Bréfritari: Malene Jensdóttir
Viðtakandi: Páll Pálsson
Dagsetning: A-1823-11-19
Skrifað á: Hallfreðarstöðum  N-Múl.

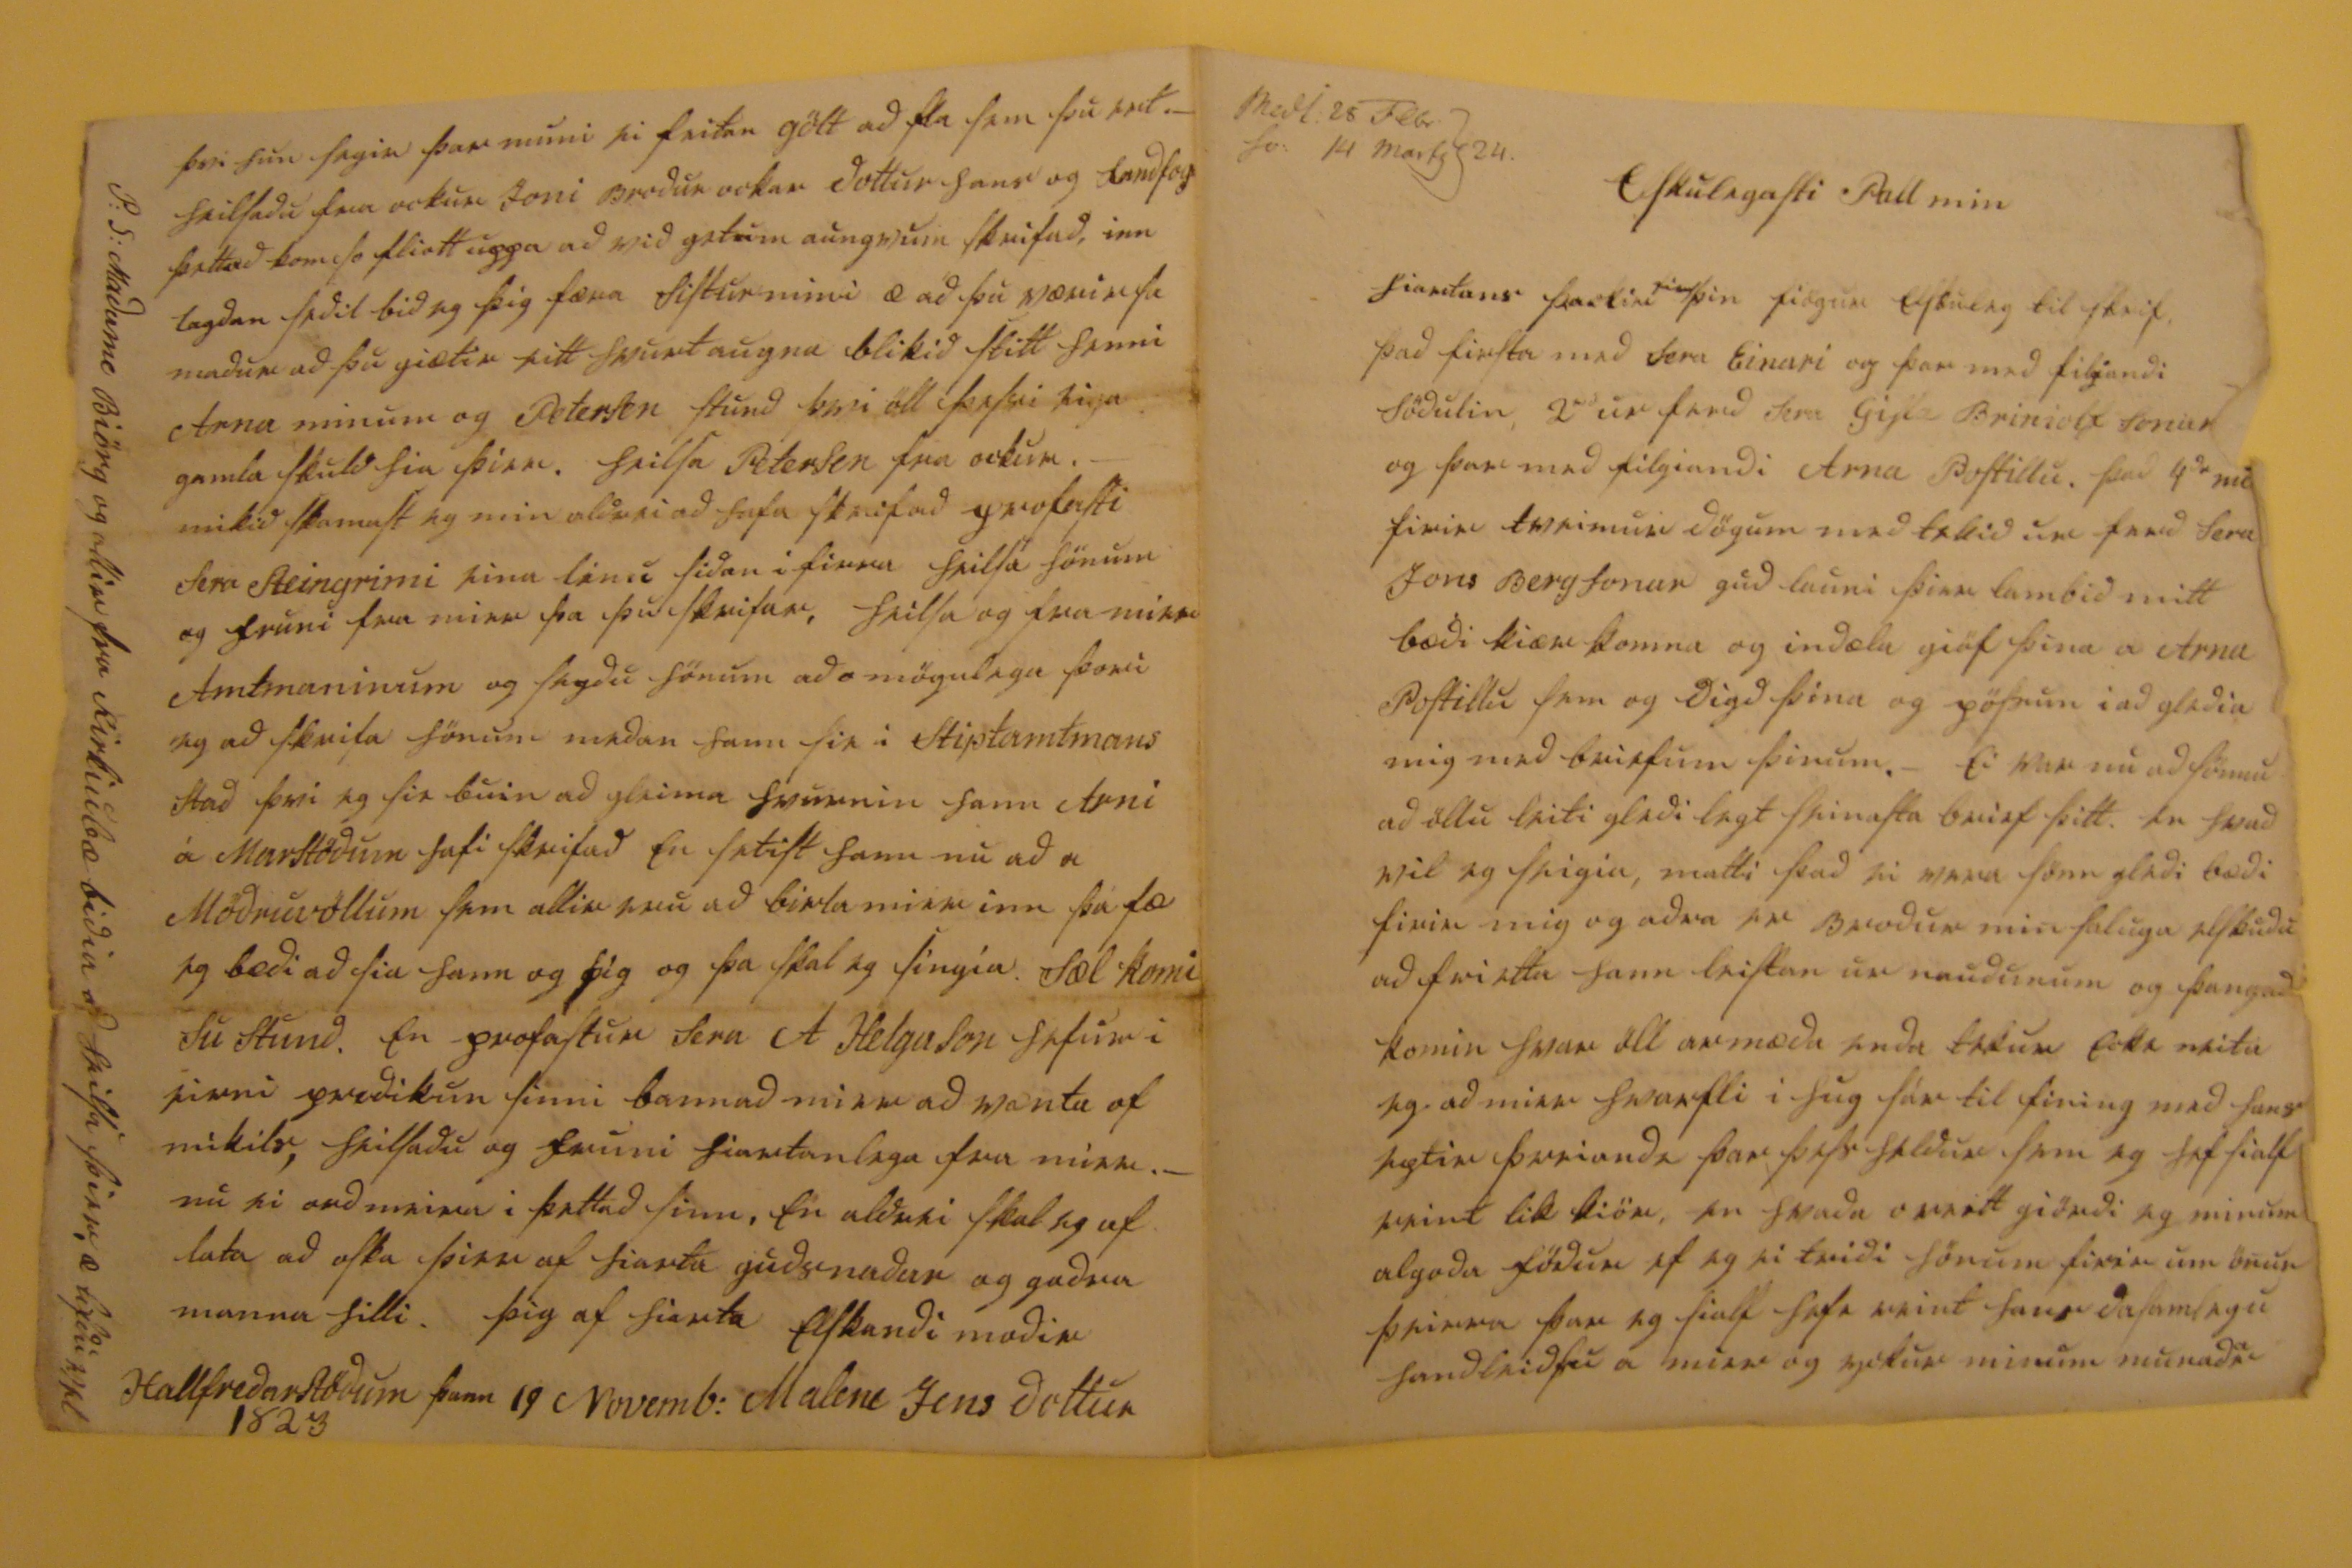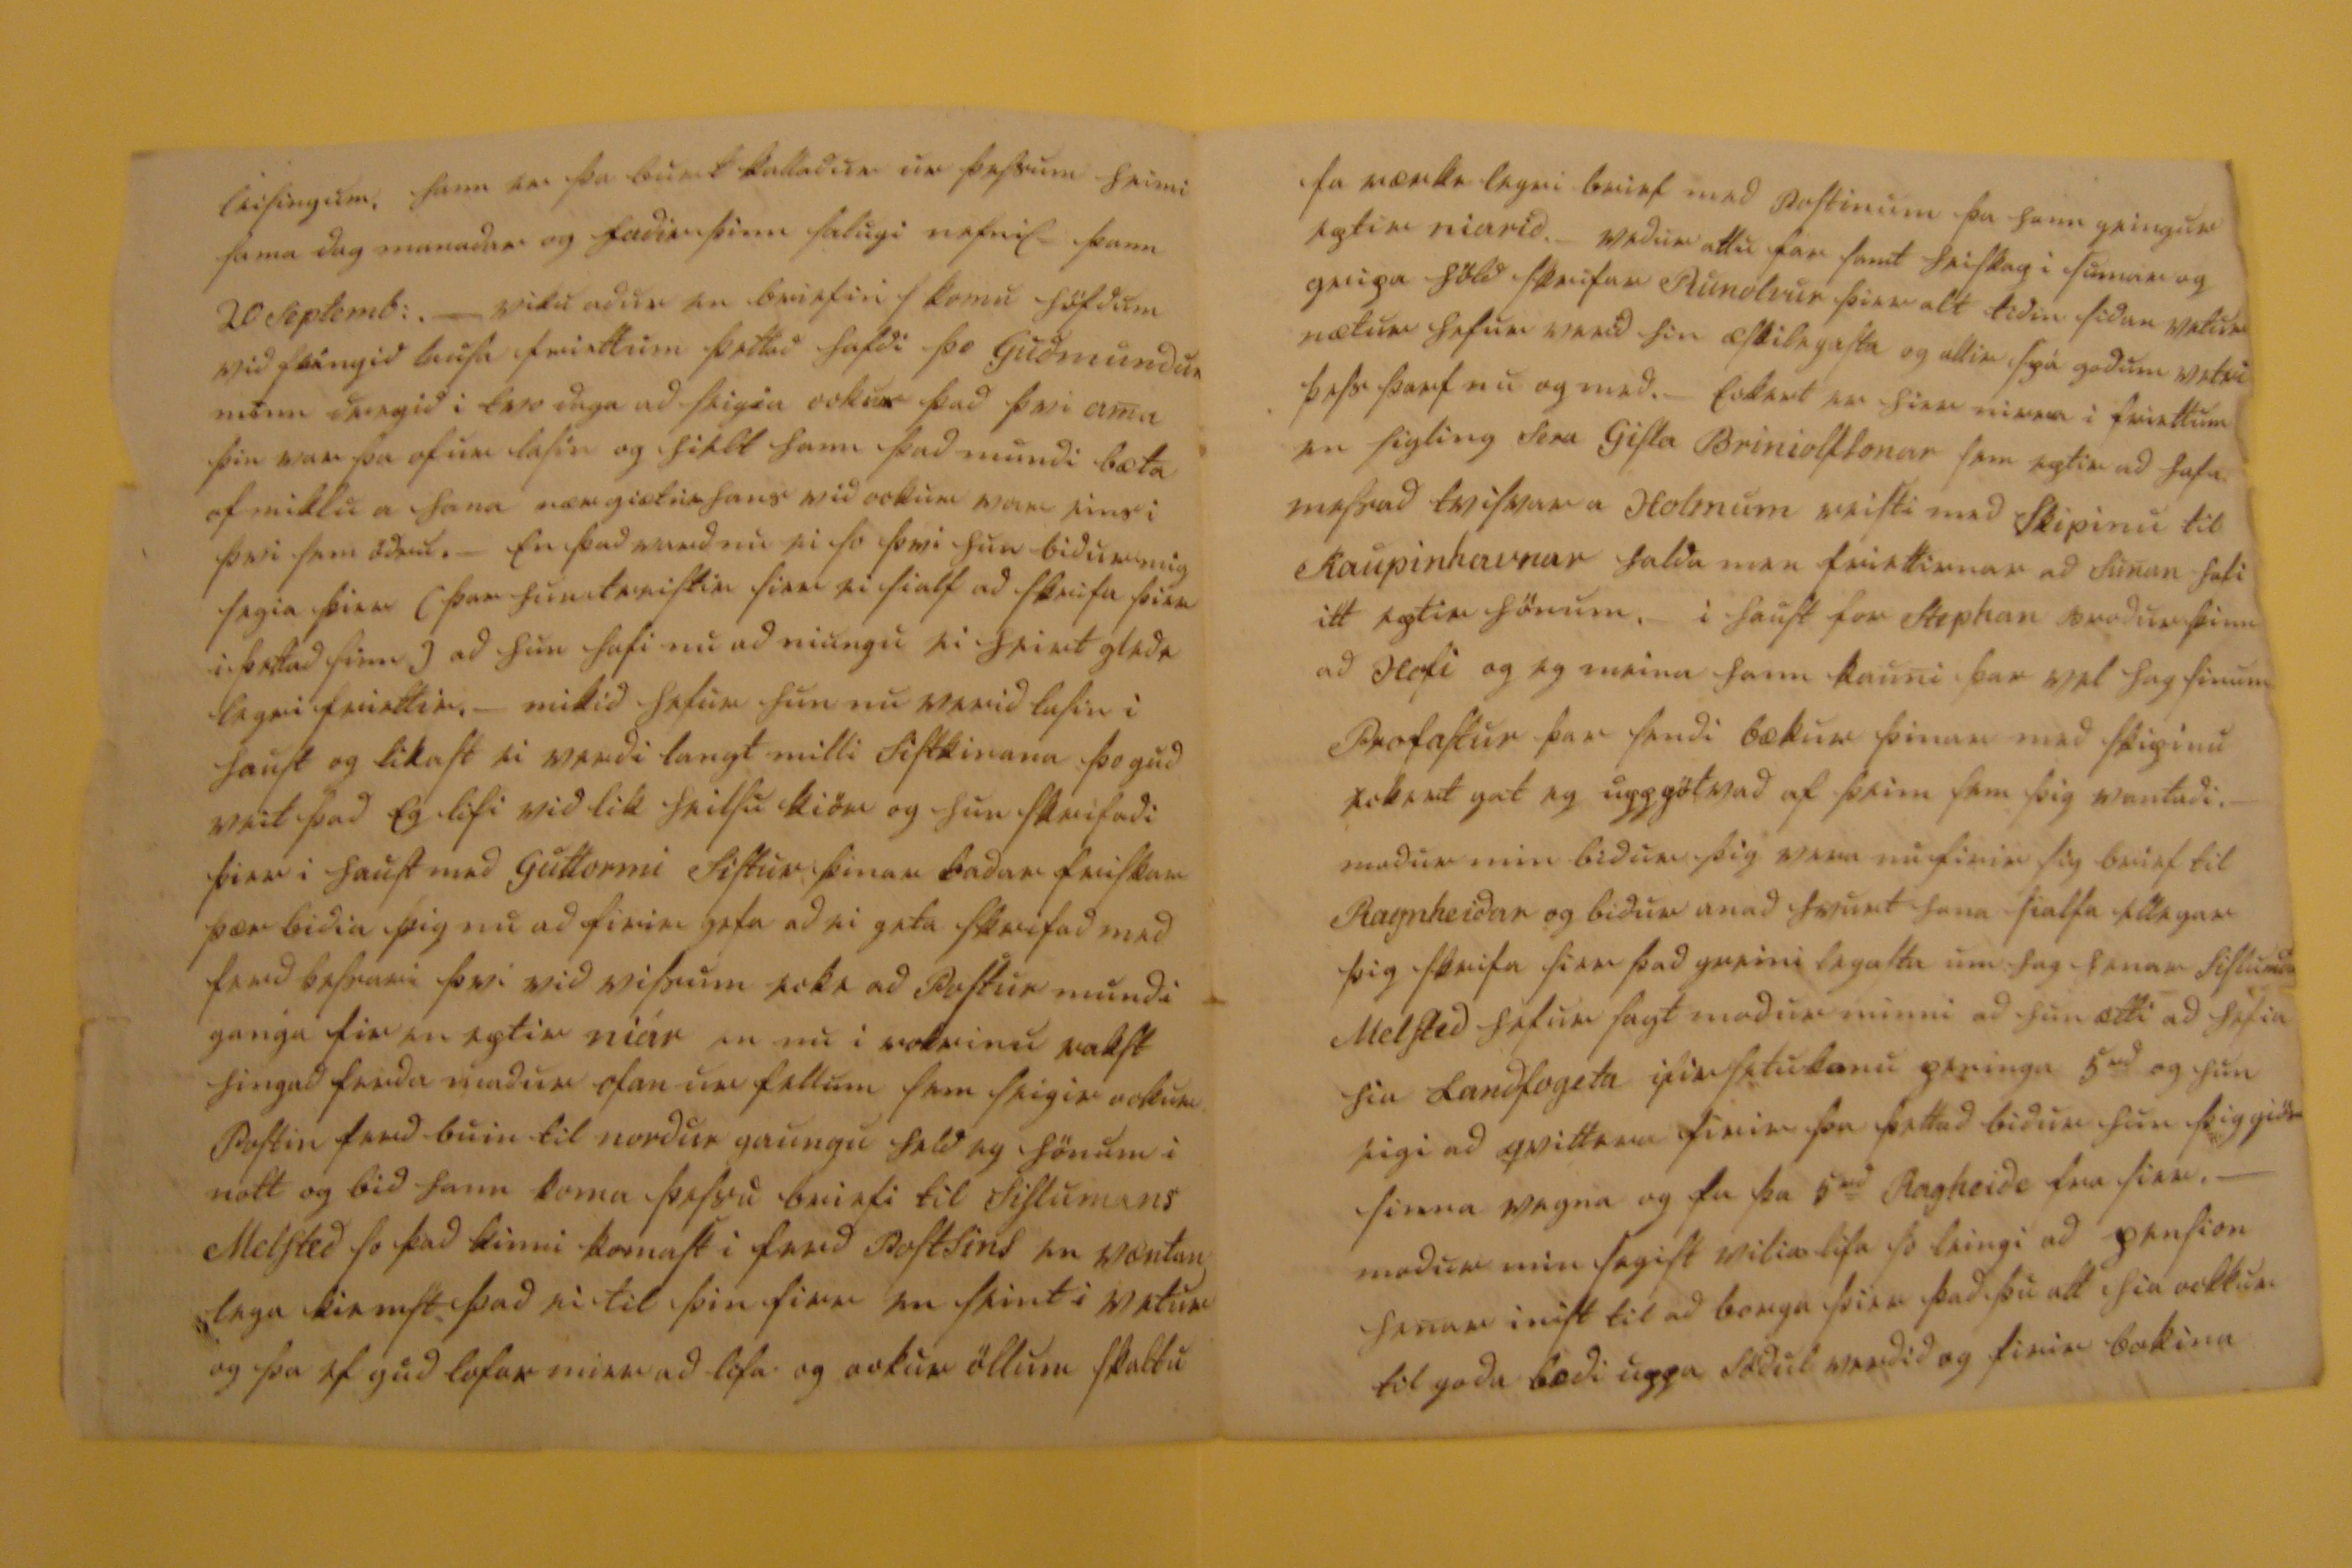

Elskulegasti Pall min
hiartans þackir
firir
þin fiögur elskuleg til skrif, þad firsta med Sera Einari og þar med filgiandi Södulin, 2
ad
ur ferd Sera Gisla Briniolfs Sonar og þar med filgiandi Arna Postillu. þad 4
da
nu firir tveimur dögum med tekid ur ferd Sera Jons Bergsonar gud launi þier lambid mitt bædi kiær komna og indæla giöf þina a Arna Postillu sem og digd þina og
jöfrun
i ad gledia mig med briefum þinum. _ ei var nu ad sönnu ad öllu leiti gledi legt seinasta brief þitt. en hvad vil eg seigia, matti þad ei vera sönn gledi bædi firir mig og adra er Brodur min saluga
elskudu
ad frietta hann leistan ur naudunum og þangad komin hvar öll armæda enda tekur ecki neita eg ad mier hvarfli i hug sár til fining med hans eptir
þveianda
þar þess heldur sem eg hef sialf reint lik kiör, en hvaða
oriett
giörði eg minum algoda födur ef eg ei trúdi hönum firir um önur þeirra þar eg sialf hefi reint hans dasamlegu handleidslu a mier og
0ikur
minum
munadar
leisingum, hann er þa burt kalladur ur þessum heimi sama dag manadar og fadir þinn salugi nefnil. þann 20 Septemb:. _ viku adur en briefin komu höfdum vid feingid
busa
friettum þettad hafdi þo Gudmundur minn dregid i tvo daga ad seigia ockur þad þvi ama þin var þa ofur lasin og hielt hann þad mundi bæta of miklu a hana nærgiætni hans vid ockur var eins i þvi sem ödru. _ en þad vard nu ei so þvi hun bidur mig segia þier (þar hun treistir sier ei sialf ad skrifa þier i þettad sinn) ad hun hafi nu ad niungu ei heirt gledi legri friettir. _ mikid hefur hun nu verid lasin i haust og likast ei verdi langt milli sistkinana þo gud veit þad eg lifi vid lik heilsu kiör og hun skrifadi þier i haust med Guttormi Sistur þinar badar friskar þær bidia þig nu ad firir gefa ad ei geta skrifad med ferd þessari þvi vid vissum ecki ad Postur mundi ganga fir en eptir niár en nu i
vokrinu
rakst hingad ferda madur ofan ur fellum sem seigir ockur Postin ferd buin til nordur gaungu held eg hönum i nott og bid hann koma þessu briefi til Sislumans Melsted so þad kinni komast i ferd Postsins en væntan lega kiemst þad ei til þin firr en seint i vetur og þa ef gud lofar mier ad lifa og ockur öllum skaltu
mærkilegri
brief med Postinum þa hann geingur eptir niarið. _ vedur attu far samt heiskap i sumar og gripa höld skrifar Runolvur þier alt tiðin siðan vetur nætur hefur verid hin æskilegasta og allir spá godum vetri þess þarf nu og med. _ eckert er hier meira i friettum en sigling Sera Gisla Briniolfssonar sem eptir ad hafa messad tvisvar a Holmum reisti med Skipinu til Kaupinhavnar halda men friettirnar ad Sunan hafi itt eptir hönum. _ i haust for Stephan bordur þinn ad Hofi og
meina
hann
kauni
þar vel hag sinum Profastur þar sendi bækur þinar med skipinu eckert gat eg uppgötvad af þeim sem þig vantadi. madur min bidur þig
vera
nu firir sig brief til Ragnheidar og bidur anad hvurt fara sialfa ellegar þig skrifa sier þad greinilegasta um hag henar
Syslumad
Melsted hefur sagt modur minni ad hun ætti ad hefia hia Landfogeta ifirsetukonu
peninga
5
ud
og hun eigi ad
qvittara
firir þa þettad bidur hun þig giör sinna vegna og fa þa 5
ud
Ragheide
fra sier. _ modur min segist vilia lifa so leingi ad pension henar inist til ad borga þier þad þu att hia ockkur til goda bædi uppa Södul verdid og firir bokina
þvi hun segir þar muni ei feitan gölt ad fla sem þu ert. _ heilsadu fra ockur Joni Brodur ockar dottur hans og Landfog þettad kom so fliott uppa ad vid gatum aungvum skrifad, inn lagdan sedil bid eg þig færa sistur mini æ ad þu værir sa madur ad þu giætir eitt hvurt augna blikid stitt henni Arna minum og Petersen stund þvi öll þessi eiga gamla skuld hia þier. heilsa Petersen fra ockur. _ mikid skamast eg min aldrei ad hafa skrifad profasti Sera Steingrimi eina linu sidan i firra heilsa hönum og fruni fra mier þa þu skrifar. heilsa og fra mier Amtmaninum og segdu hönum ad omögulega þori eg ad skrifa hönum medan hann sie i Stiptamtmans stad þvi eg sie buin ad gleima hvurnin hann Arni á Marstödum hafi skrifad en setist hann nu ad a Möðruvölum sem allir eru ad
birta
mier inn þá fæ eg bædi ad sia hann og þig og þa skal eg singia Sæl komi Su Stund en profastur Sera A Helgason hefur i eirni predikun sinni bannad mier ad vænta of mikils, heilsadu og fruni hiartanlega fra mier. _ nu ei ord meira i þettad sinn, en aldrei skal eg af lata ad oska þier af hiarta gudsnadar og godra manna hilli.
þig af hiarta elskandi modir
Malene Jensdottur
Hallfredarstödum þann 19 Novemb: 1823
P:S: Madame Biörg og allir fra Kirkiubæ bidia ad heilsa þier, æ lifdu vel